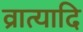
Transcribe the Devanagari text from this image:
व्रात्यादि